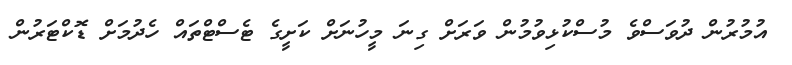
އުމުރުން ދުވަސްވެ މުސްކުޅިވުމުން ވަރަށް ގިނަ މީހުނަށް ކަށީގެ ޓެސްޓްތައް ހެދުމަށް ޑޮކްޓަރުން